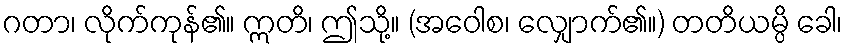
ဂတာ၊ လိုက်ကုန်၏။ ဣတိ၊ ဤသို့။ (အဝေါစ၊ လျှောက်၏။) တတိယမ္ပိ ခေါ၊